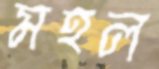
মহল